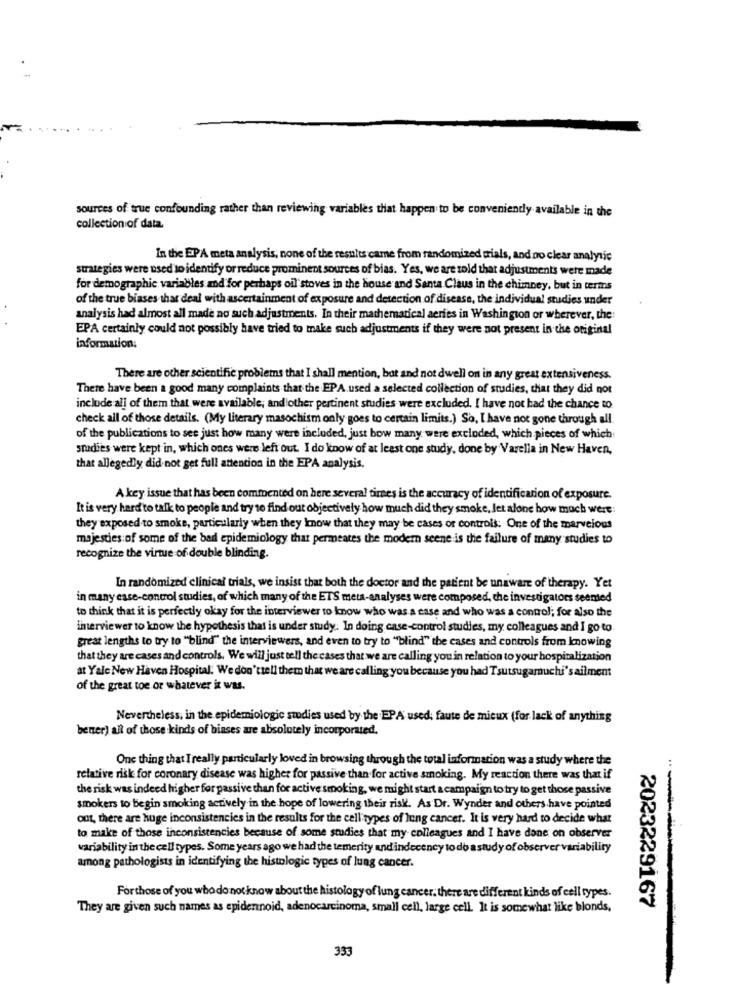
sources of true confounding rather than reviewing variables that happen to be conveniently available in the
collection of data.
In the EPA meta analysis, none of the results came from randomized trials, and no clear analytic
strategies were used to identify or reduce prominent sources of bias. Yes, we are told that adjustments were made
for demographic variables and for perhaps oil stoves in the house and Santa Claus in the chimney, but in terms
of the true biases that deal with ascertainment of exposure and detection of disease, the individual studies under
analysis had almost all made no such adjustments. In their mathematical aeries in Washington or wherever, the
EPA certainly could not possibly have tried to make such adjustments if they were not present in the original
information:
There are other scientific problems that I shall mention, but and not dwell on in any great extensiveness.
There have been a good many complaints that the EPA.used a selected collection of studies, that they did not
include all of them that were available; and other pertinent studies were excluded. I have not had the chance to
check all of those details. (My literary masochism only goes to certain limits.) So, I have not gone through all
of the publications to see just how many were included, just bow many were excluded, which pieces of which
studies were kept in, which ones were left out. I do know of at least one study, done by Varella in New Haven,
that allegedly did not get full attention in the EPA analysis.
A key issue that has been commented on here several times is the accuracy of identification of exposure.
It is very hard to talk to people and try to find out objectively how much did they smoke, let alone how much were:
they exposed to smoke, particularly when they know that they may be cases or controls: One of the marvelous
majesties of some of the bad epidemiology that permeates the modern seene is the failure of many studies to
recognize the virtue of double blinding.
In randomized clinical trials, we insist that both the doctor and the patient be unaware of therapy. Yet
in many case-control studies, of which many of the ETS meta-analyses were composed, the investigators seemed
to think that it is perfectly okay for the interviewer to know who was a case and who was a control; for also the
interviewer to know the hypothesis that is under study. In doing case-control studies, my colleagues and I go to
great lengths to try to "blind" the interviewers, and even to try to "blind" the cases and controls from Imowing
that they are cases and controls. We will just tell the cases that we are calling you in relation to your hospitalization
at Yale New Haven Hospital. We don'ttell them that we are calling you because you had Tsutsugamuchi's ailment
of the great toe or whatever it was.
Nevertheless, in the epidemiologic studies used by the EPA used: faute de mieux (for lack of anything
bener) all of those kinds of biases are absolutely incorporated.
One thing that I really particularly loved in browsing through the total information was a study where the
relative risk for coronary disease was higher for passive than for active smoking. My reaction there was that if
the risk was indeed higher for passive than for active smoking, we might start a campaign to try to get those passive
smokers to begin smoking actively in the hope of lowering their risk. As Dr. Wynder and others have pointed
out, there are huge inconsistencies in the results for the cell types of lung cancer. It is very hard to decide what
to make of those inconsistencies because of some studies that my colleagues and I have done on observer
variability in the cell types. Some years ago we had the temerity and indecency to do astudy of observer variability
among pathologists in identifying the histologic types of lung cancer.
Forthose of you who do not know about the histology of lung cancer. there are different kinds of cell types.
They are given such names as epidennoid, adenocarcinoma, small cell, large cell. It is somewhat like blonds,
2023229167
333